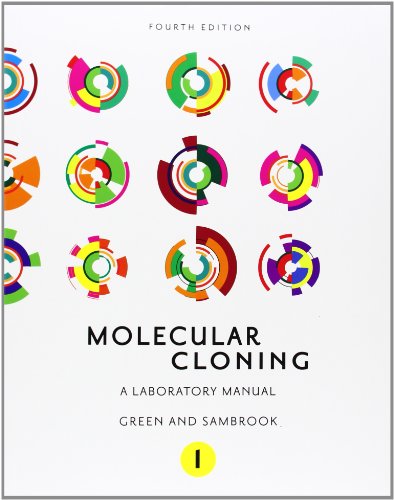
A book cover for Molecular Cloning: A Laboratory Manual (Fourth Edition): Three-volume set; Michael R. Green; Engineering & Transportation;